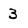
Character: 3